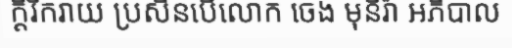
ក្តីរីករាយ ប្រសិនបើលោក ចេង មុនីរ៉ា អភិបាល